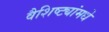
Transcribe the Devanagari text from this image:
वैशिष्ट्यांमधे